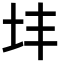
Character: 𪢽